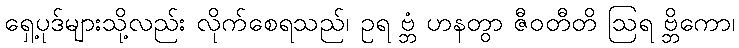
ရှေ့ပုဒ်များသို့လည်း လိုက်စေရသည်၊ ဥရ ဗ္ဘံ ဟနတွာ ဇီဝတီတိ ဩရ ဗ္ဘိကော၊